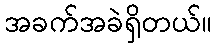
အခက်အခဲရှိတယ်။